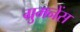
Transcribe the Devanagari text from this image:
ग्रुमनेंस